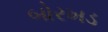
બોરખડ